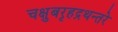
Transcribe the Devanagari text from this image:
चक्षुबरृहद्रथन्तरे